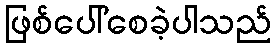
ဖြစ်ပေါ်စေခဲ့ပါသည်